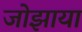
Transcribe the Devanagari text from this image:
जोझाया